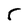
Character: 5